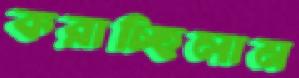
করাচ্ছিলাম